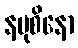
နမုစိနော